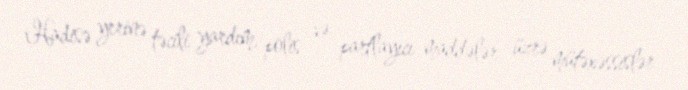
Hadisə yerinə təcili yardım, polis və partlayıcı maddələr üzrə mütəxəssislər